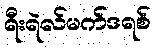
ရီးရဲလ်မက်ဒရစ်